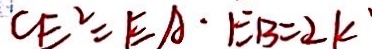
C E ^ { 2 } = E A \cdot E B = 2 k